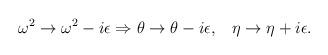
LaTeX: \begin{align*}\omega ^2\rightarrow \omega ^2-i\epsilon \Rightarrow \theta \rightarrow\theta -i\epsilon ,\;\;\;\eta \rightarrow \eta +i\epsilon .\end{align*}